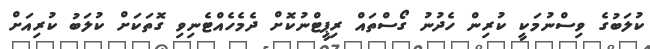
ކުލަބުގެ ވިސްނުމަކީ ކުރިން ހެދުނު ގޯސްތައް ރިޕީޓްނުކޮށް ދެމެހެއްޓެނިވި ގޮތަކަށް ކުލަބު ކުރިއަށް